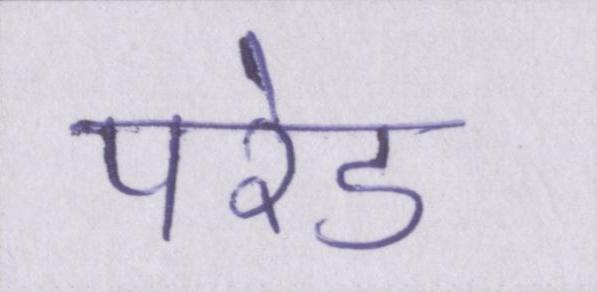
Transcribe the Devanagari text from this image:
परेड